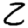
Digit: 2